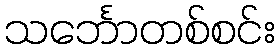
သင်္ဘောတစ်စင်း